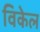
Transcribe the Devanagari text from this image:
विकेल